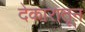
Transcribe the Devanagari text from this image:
देकारातून